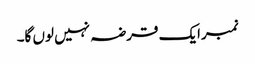
نمبرایک قرضہ نہیں لوں گا۔